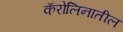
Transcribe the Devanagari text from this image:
कॅरोलिनातील